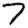
Digit: 7